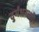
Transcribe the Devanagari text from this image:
दुर्गंधनाशी